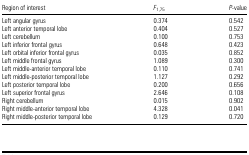
<table><thead><tr><td><b>Region of interest</b></td><td><b><i>F</i><sub>1,75</sub></b></td><td><b><i>P</i>-value</b></td></tr></thead><tbody><tr><td>Left angular gyrus</td><td>0.374</td><td>0.542</td></tr><tr><td>Left anterior temporal lobe</td><td>0.404</td><td>0.527</td></tr><tr><td>Left cerebellum</td><td>0.100</td><td>0.753</td></tr><tr><td>Left inferior frontal gyrus</td><td>0.648</td><td>0.423</td></tr><tr><td>Left orbital inferior frontal gyrus</td><td>0.035</td><td>0.852</td></tr><tr><td>Left middle frontal gyrus</td><td>1.089</td><td>0.300</td></tr><tr><td>Left middle-anterior temporal lobe</td><td>0.110</td><td>0.741</td></tr><tr><td>Left middle-posterior temporal lobe</td><td>1.127</td><td>0.292</td></tr><tr><td>Left posterior temporal lobe</td><td>0.200</td><td>0.656</td></tr><tr><td>Left superior frontal gyrus</td><td>2.646</td><td>0.108</td></tr><tr><td>Right cerebellum</td><td>0.015</td><td>0.902</td></tr><tr><td>Right middle-anterior temporal lobe</td><td>4.328</td><td>0.041</td></tr><tr><td>Right middle-posterior temporal lobe</td><td>0.129</td><td>0.720</td></tr></tbody></table>